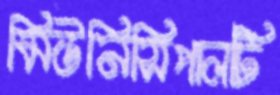
মিউনিসিপালটি